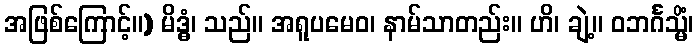
အဖြစ်ကြောင့်။) မိဒ္ဓံ၊ သည်။ အရူပမေဝ၊ နာမ်သာတည်း။ ဟိ၊ ချဲ့။ ဝဘင်္ဂသ္မိံ၊